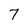
Character: 7